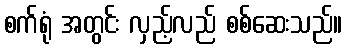
စက်ရုံ အတွင်း လှည့်လည် စစ်ဆေးသည်။